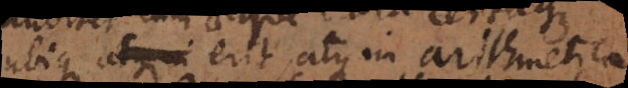
ubique atque erit atque in arithmetica